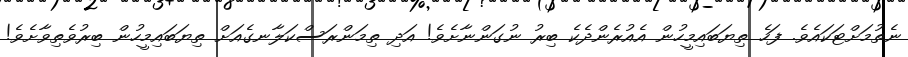
ނެތުމަށްޓަކައެވެ. ފަހެ ތިޔަބައިމީހުން އެއުރެންދެކެ ބިރު ނުގަންނާށެވެ! އަދި ތިމަންރަސްކަލާނގެއަށް ތިޔަބައިމީހުން ބިރުވެތިވާށެވެ!